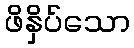
ဖိနှိပ်သော